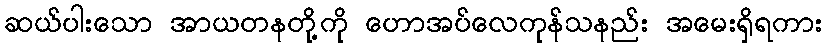
ဆယ်ပါးသော အာယတနတို့ကို ဟောအပ်လေကုန်သနည်း အမေးရှိရကား